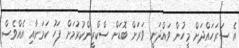
އެ ސަރަހައްދަށް މީހުން ވައްދަނީ ވަރަށް ބޮޑަށް ސްކްރީންކުރުމަށް ފަހު ކަމަށާއި އެއްވެސް